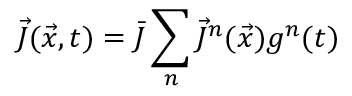
\vec { J } ( \vec { x } , t ) = \bar { J } \sum _ { n } \vec { J } ^ { n } ( \vec { x } ) g ^ { n } ( t )